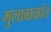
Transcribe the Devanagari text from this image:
मुलाबाळांत